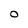
Character: O